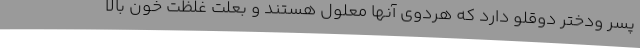
پسر ودختر دوقلو دارد که هردوی آنها معلول هستند و بعلت غلظت خون بالا